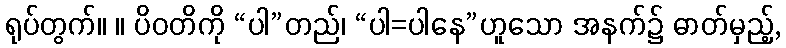
ရုပ်တွက်။ ။ ပိဝတိကို “ပါ”တည်၊ “ပါ=ပါနေ”ဟူသော အနက်၌ ဓာတ်မှည့်,